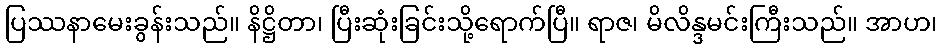
ပြဿနာမေးခွန်းသည်။ နိဋ္ဌိတာ၊ ပြီးဆုံးခြင်းသို့ရောက်ပြီ။ ရာဇ၊ မိလိန္ဒမင်းကြီးသည်။ အာဟ၊